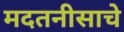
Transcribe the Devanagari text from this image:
मदतनीसाचे